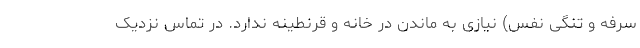
سرفه و تنگی نفس) نیازی به ماندن در خانه و قرنطینه ندارد. در تماس نزدیک